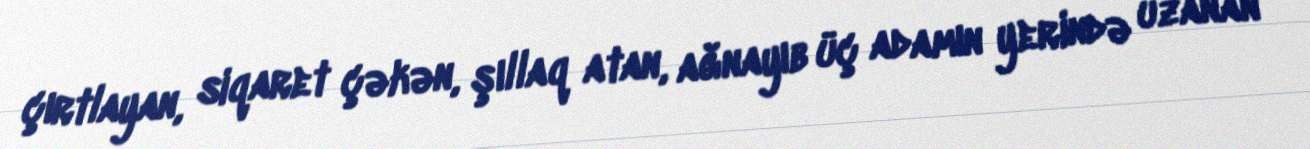
çırtlayan, siqaret çəkən, şıllaq atan, ağnayıb üç adamın yerində uzanan